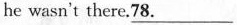
he wasn't there.78.___